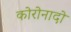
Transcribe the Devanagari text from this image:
कोरोनादो